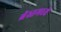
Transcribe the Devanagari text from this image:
ब्रेस्तमध्ये